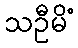
သဦမိံ